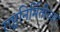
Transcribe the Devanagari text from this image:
राष्ट्रनिर्मितीच्या